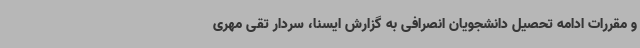
و مقررات ادامه تحصیل دانشجویان انصرافی به گزارش ایسنا، سردار تقی مهری